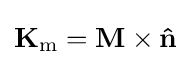
\mathbf {K} _{\mathrm {m} }=\mathbf {M} \times \mathbf {\hat {n}}